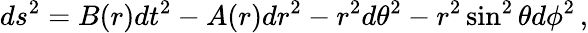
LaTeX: ds^{2}=B(r)dt^{2}-A(r)dr^{2}-r^{2}d\theta^{2}-r^{2}\sin^{2}\theta d\phi^{2}\, ,